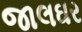
જાલઘર